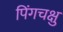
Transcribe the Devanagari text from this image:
पिंगचक्षु